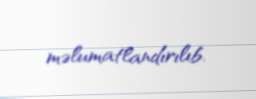
məlumatlandırılıb.